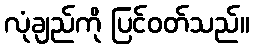
လုံချည်ကို ပြင်ဝတ်သည်။